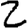
Digit: 2